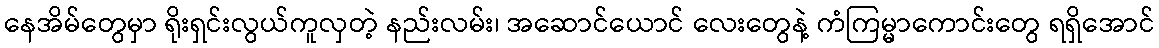
နေအိမ်တွေမှာ ရိုးရှင်းလွယ်ကူလှတဲ့ နည်းလမ်း၊ အဆောင်ယောင် လေးတွေနဲ့ ကံကြမ္မာကောင်းတွေ ရရှိအောင်